65_HS1-834228961_62-HQ-83894_Section_8
Agency: FBI
Page 159
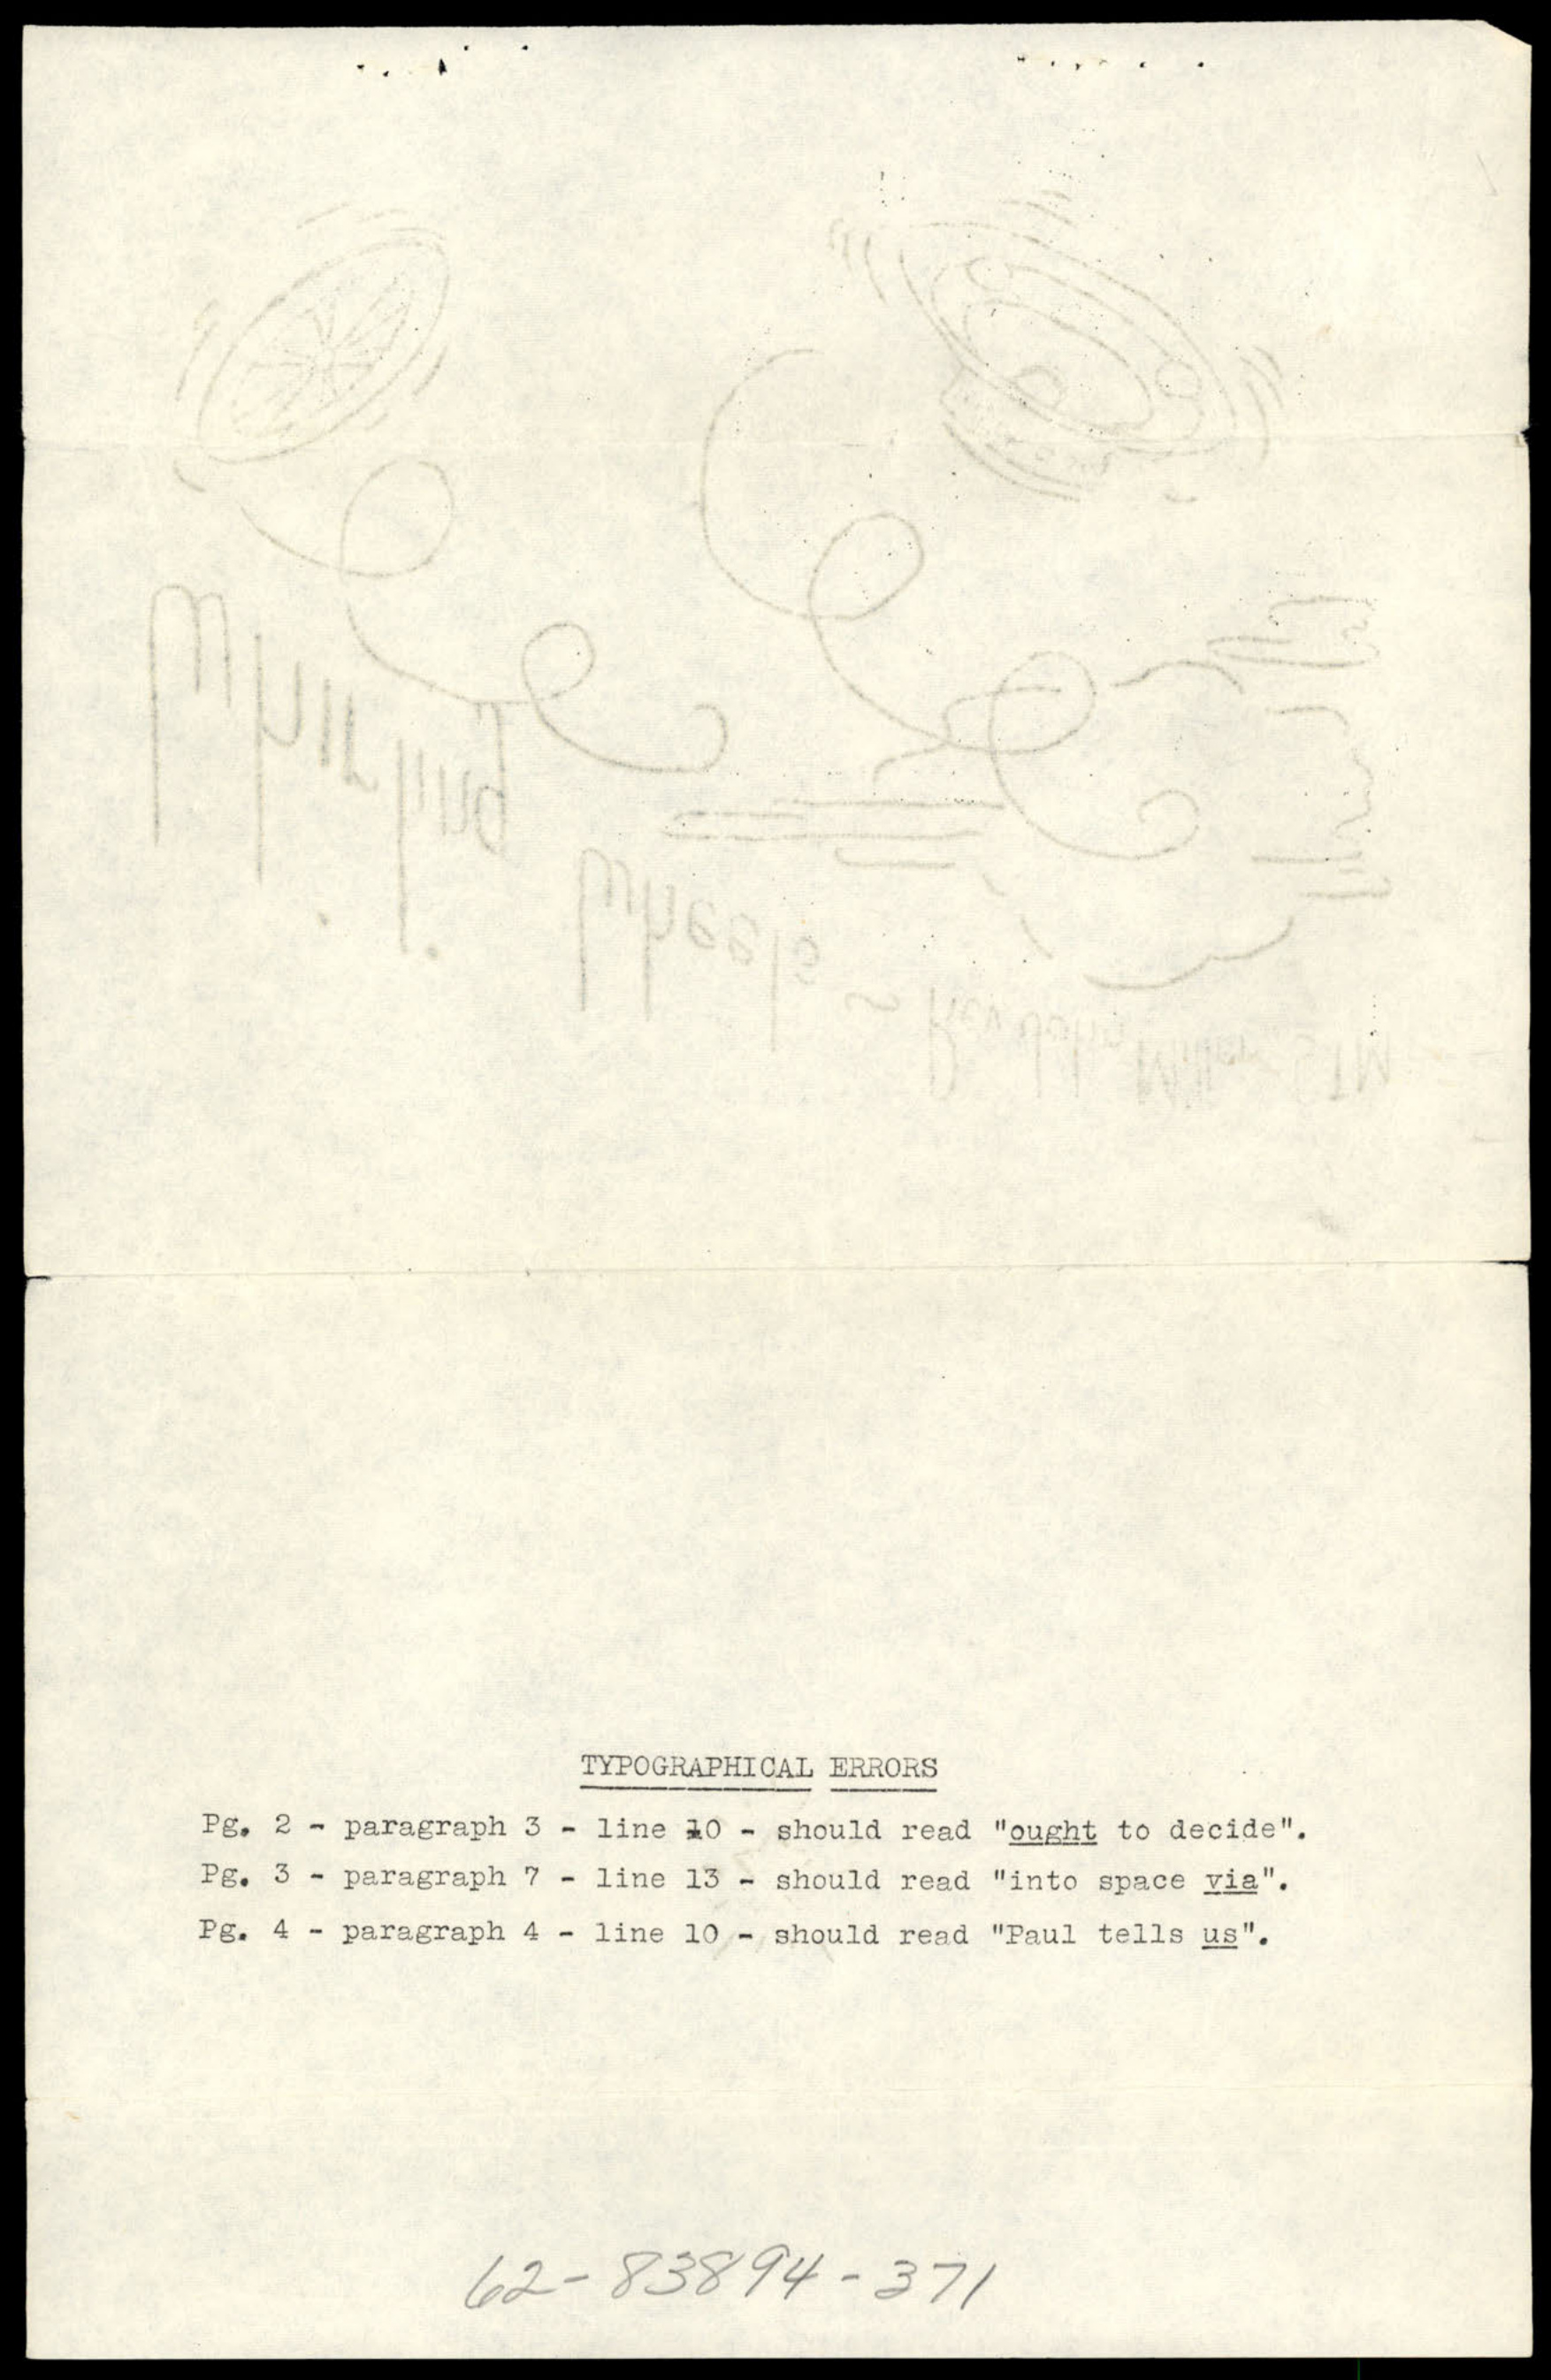